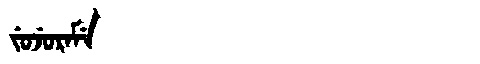
Manchu: ᠵᡠᠵᡠᡵᠠᠮᡝ
Romanization: JUJURAME